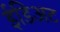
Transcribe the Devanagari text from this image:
ईडिअट